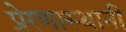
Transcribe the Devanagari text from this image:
प्रेरणास्थानी